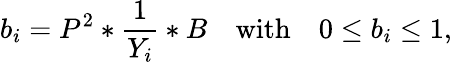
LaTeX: b_{i}=P^{2}*\frac{1}{Y_{i}}*B\quad\textrm{with}\quad 0\leq b_{i}\leq 1,